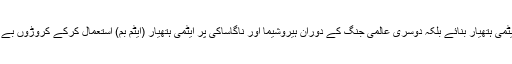
سب سے پہلے امریکا نے نہ صرف ایٹمی ہتھیار بنائے بلکہ دوسری عالمی جنگ کے دوران ہیروشیما اور ناگاساکی پر ایٹمی ہتھیار (ایٹم بم) استعمال کرکے کروڑوں بے گناہ جاپانیوں کو ایٹمی آگ میں جلادیا۔